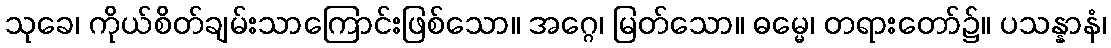
သုခေ၊ ကိုယ်စိတ်ချမ်းသာကြောင်းဖြစ်သော။ အဂ္ဂေ၊ မြတ်သော။ ဓမ္မေ၊ တရားတော်၌။ ပသန္နာနံ၊